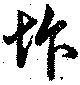
怍